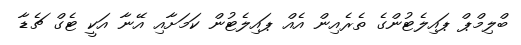
ބްލިމްޕް ޕައިލެޓުންގެ ތެރެއިން އެއް ޕައިލެޓުން ކަމަށާއި އޭނާ އަކީ ޓެގް ޗެޑާ